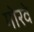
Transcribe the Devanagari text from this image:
गोरवे